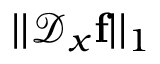
| | \mathcal { D } _ { x } \mathbf { f } | | _ { 1 }